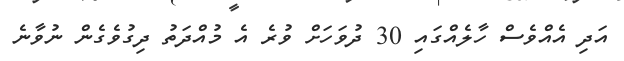
އަދި އެއްވެސް ހާލެއްގައި 30 ދުވަހަށް ވުރެ އެ މުއްދަތު ދިގުވެގެން ނުވާނެ